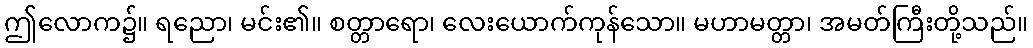
ဤလောက၌။ ရညော၊ မင်း၏။ စတ္တာရော၊ လေးယောက်ကုန်သော။ မဟာမတ္တာ၊ အမတ်ကြီးတို့သည်။